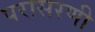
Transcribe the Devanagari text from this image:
परासरणी